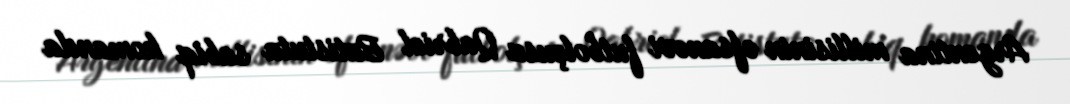
Argentina millisinin əfsanəvi futbolçusu Qabriel Batistuta sabiq komanda